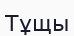
Тұщы